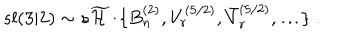
s l ( 3 | 2 ) \sim s \widetilde { { \cal H } } / \{ B _ { n } ^ { ( 2 ) } , V _ { r } ^ { ( 5 / 2 ) } , \bar { V } _ { r } ^ { ( 5 / 2 ) } , \ldots \} \; .